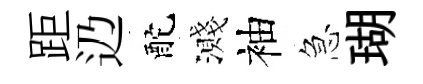
距辸酡濺袖急瑚